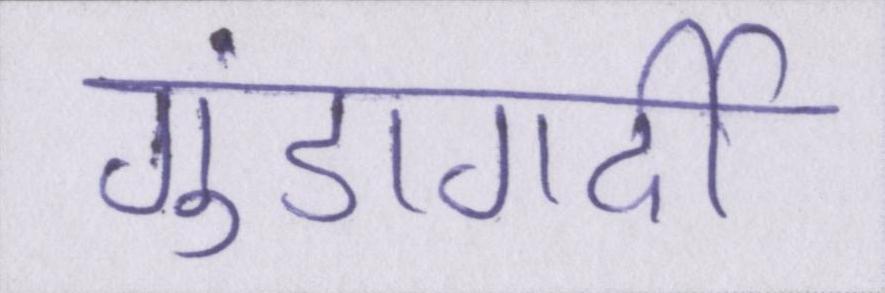
गुंडागर्दी